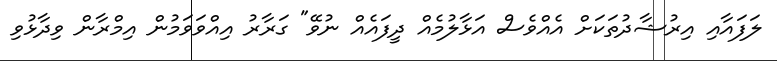
ލަފައާއި އިރުޝާދުތަކަށް އެއްވެސް އަޅާލުމެއް ދީފައެއް ނުވޭ" ގަރާރު އިއްވަވަމުން އިމްރާން ވިދާޅުވި